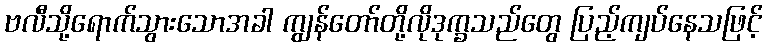
ဗလီသို့ရောက်သွားသောအခါ ကျွန်တော်တို့လိုဒုက္ခသည်တွေ ပြည့်ကျပ်နေသဖြင့်